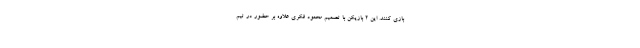
بازی کنند. این ۲ بازیکن با تصمیم محمود فکری علاوه بر حضور در تیم